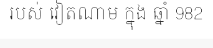
របស់ វៀតណាម ក្នុង ឆ្នាំ 982